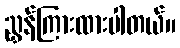
ညွှန်ကြားထားပါတယ်။